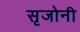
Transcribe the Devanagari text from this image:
सृजोनी